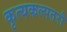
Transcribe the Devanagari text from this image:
कृत्यकल्पतरौ